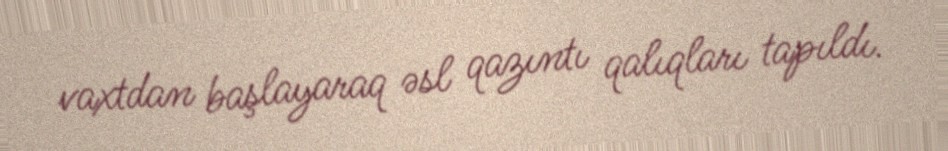
vaxtdan başlayaraq əsl qazıntı qalıqları tapıldı.